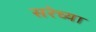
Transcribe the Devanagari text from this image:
सरेच्या